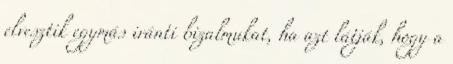
elvesztik egymás iránti bizalmukat, ha azt látják, hogy a